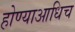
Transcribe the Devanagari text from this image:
होण्याआधिच